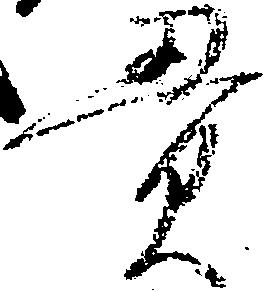
貫